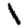
Digit: 1